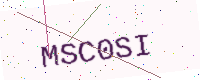
Text: MSC0SI